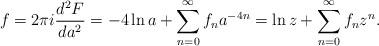
LaTeX: \begin{align*}f = 2\pi i \frac{d^2 F}{da^2} =-4\ln a + \sum\limits_{n=0}^\infty f_n a^{-4n} = \ln z +\sum\limits_{n=0}^\infty f_n z^n.\end{align*}